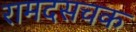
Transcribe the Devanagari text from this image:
रामदसचक